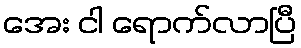
အေး ငါ ရောက်လာပြီ